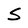
Character: S